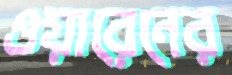
ওয়ারেনের